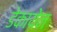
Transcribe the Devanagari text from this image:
डेकायेन